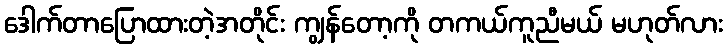
ဒေါက်တာပြောထားတဲ့အတိုင်း ကျွန်တော့ကို တကယ်ကူညီမယ် မဟုတ်လား